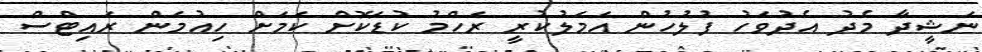
ނަޝީދާ މެދު އެދުވަހު ފުލުހުން އަމަލުކުރީ ރަހްމު ކުޑަކޮށް ކަމަށް ހިއުމަން ރައިޓްސް